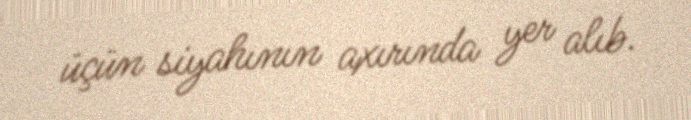
üçün siyahının axırında yer alıb.